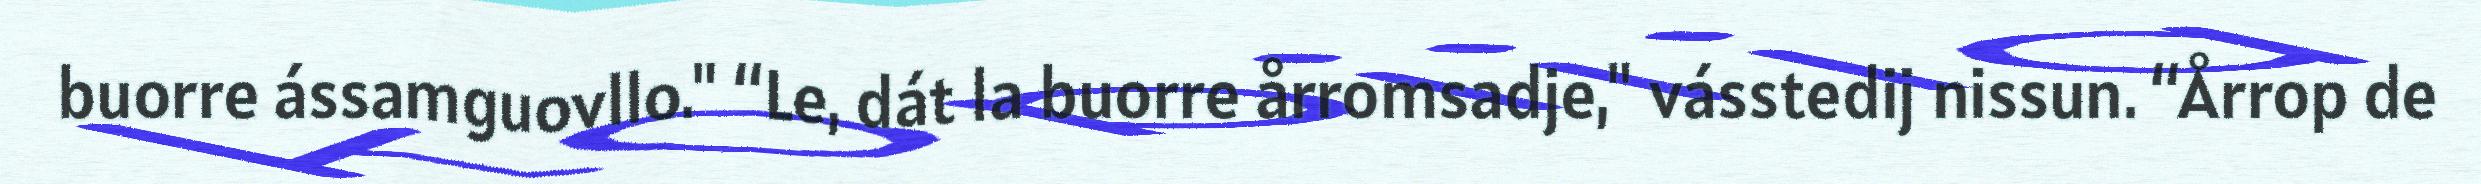
buorre ássamguovllo." “Le, dát la buorre årromsadje," vásstedij nissun. “Årrop de